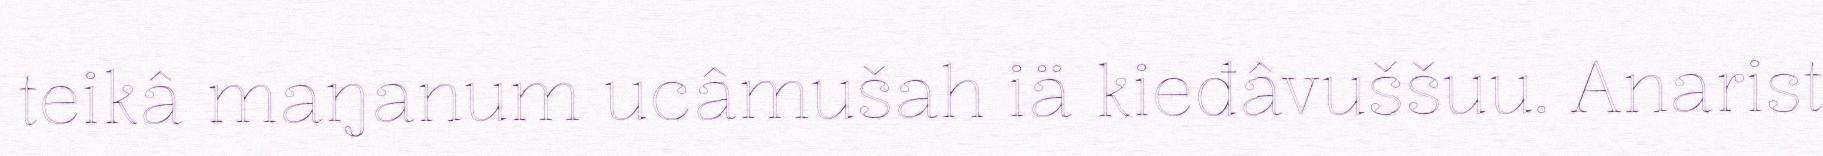
teikâ maŋanum ucâmušah iä kieđâvuššuu. Anarist